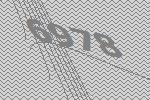
6978